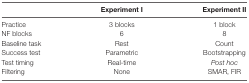
<table><thead><tr><td></td><td><b>Experiment I</b></td><td><b>Experiment II</b></td></tr></thead><tbody><tr><td>Practice</td><td>3 blocks</td><td>1 block</td></tr><tr><td>NF blocks</td><td>6</td><td>8</td></tr><tr><td>Baseline task</td><td>Rest</td><td>Count</td></tr><tr><td>Success test</td><td>Parametric</td><td>Bootstrapping</td></tr><tr><td>Test timing</td><td>Real-time</td><td><i>Post hoc</i></td></tr><tr><td>Filtering</td><td>None</td><td>SMAR, FIR</td></tr></tbody></table>